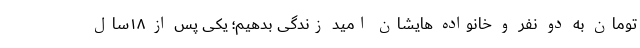
تومان به دو نفر و خانواده هایشان امید زندگی بدهیم؛ یکی پس از ۱۸سال